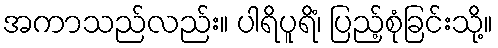
အကာသည်လည်း။ ပါရိပူရိံ၊ ပြည့်စုံခြင်းသို့။